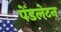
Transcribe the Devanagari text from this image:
पेंडलेटन